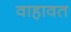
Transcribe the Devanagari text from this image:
वाहावत